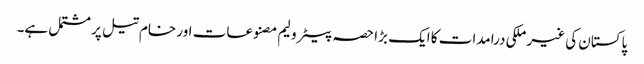
پاکستان کی غیر ملکی درامدات کا ایک بڑا حصہ پیٹرولیم مصنوعات اور خام تیل پر مشتمل ہے۔